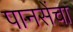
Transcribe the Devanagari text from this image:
पानसेंचा